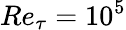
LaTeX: Re_{\tau}=10^{5}